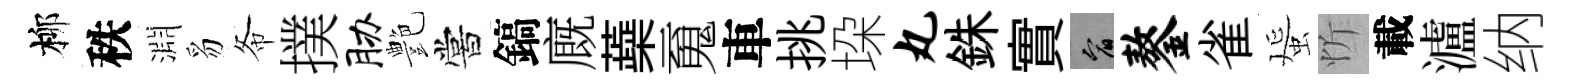
柳秩淵豸𢁙撲胁艶嘗鎬廐蘃䰟車挑垜丸銖實宥鏊雀蜑忻載瀘纳